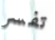
تفسر